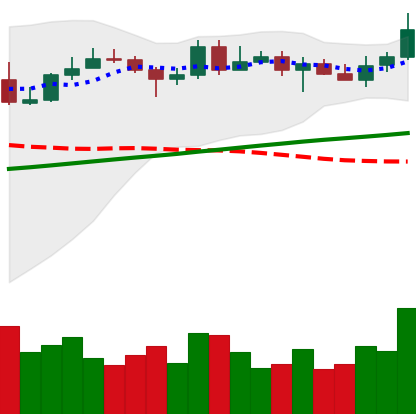
Ticker: LINK-USD
Chart end date: 2020-05-09
Forward return: -5.963%
Label: down_5_7